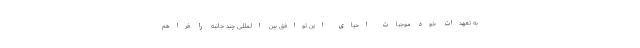
به تعهدات خود موجبات احیای این توافق بین المللی چند جانبه را فراهم